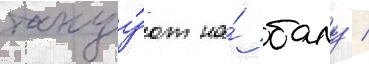
танцу́ют на́ балу /